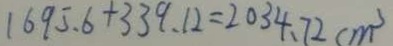
1 6 9 5 . 6 + 3 3 9 . 1 2 = 2 0 3 4 . 7 2 c m ^ { 3 }